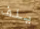
يلف